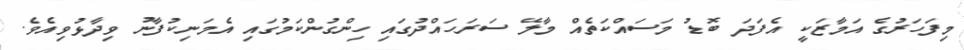
މިފަހަރުގެ އަމާޒަކީ އެފަދަ ބޮޑު މަސައްކަތެއް މާލޭ ސަރަހައްދުގައި ހިންގުންކަމުގައި އެމަނިކުފާނު ވިދާޅުވިއެވެ.